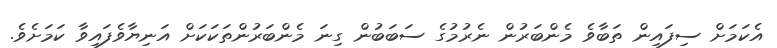
އެކަމަށް ސިފައިން ތަބާވެ މެންބަރުން ނެރުމުގެ ސަބަބުން ގިނަ މެންބަރުންތަކަކަށް އަނިޔާވެފައިވާ ކަމަށެވެ.